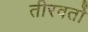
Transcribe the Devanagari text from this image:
तीरवर्तो